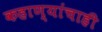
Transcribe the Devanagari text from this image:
कहाण्यांचाही